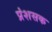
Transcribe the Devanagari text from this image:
प्रंशसक